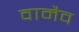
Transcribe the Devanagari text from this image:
वामैव